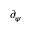
\partial _ { \psi }